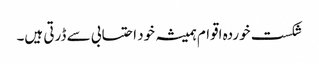
شکست خوردہ اقوام ہمیشہ خود احتسابی سے ڈرتی ہیں۔